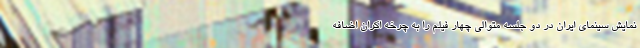
نمایش سینمای ایران در دو جلسه متوالی چهار فیلم را به چرخه اکران اضافه